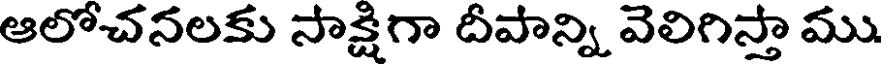
ఆలోచనలకు సాక్షిగా దీపాన్ని వెలిగిస్తా ము